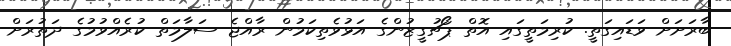
ބާރަށަށް ވަޑައިގަތީ. ކުރިމަތީގައި އޮތް ޕޯޗުގީޒުންގެ އަޅުވެތިކަމުން ރާއްޖެ ސަލާމަތް ކުރެއްވުމުގެ ދަތުރަށް